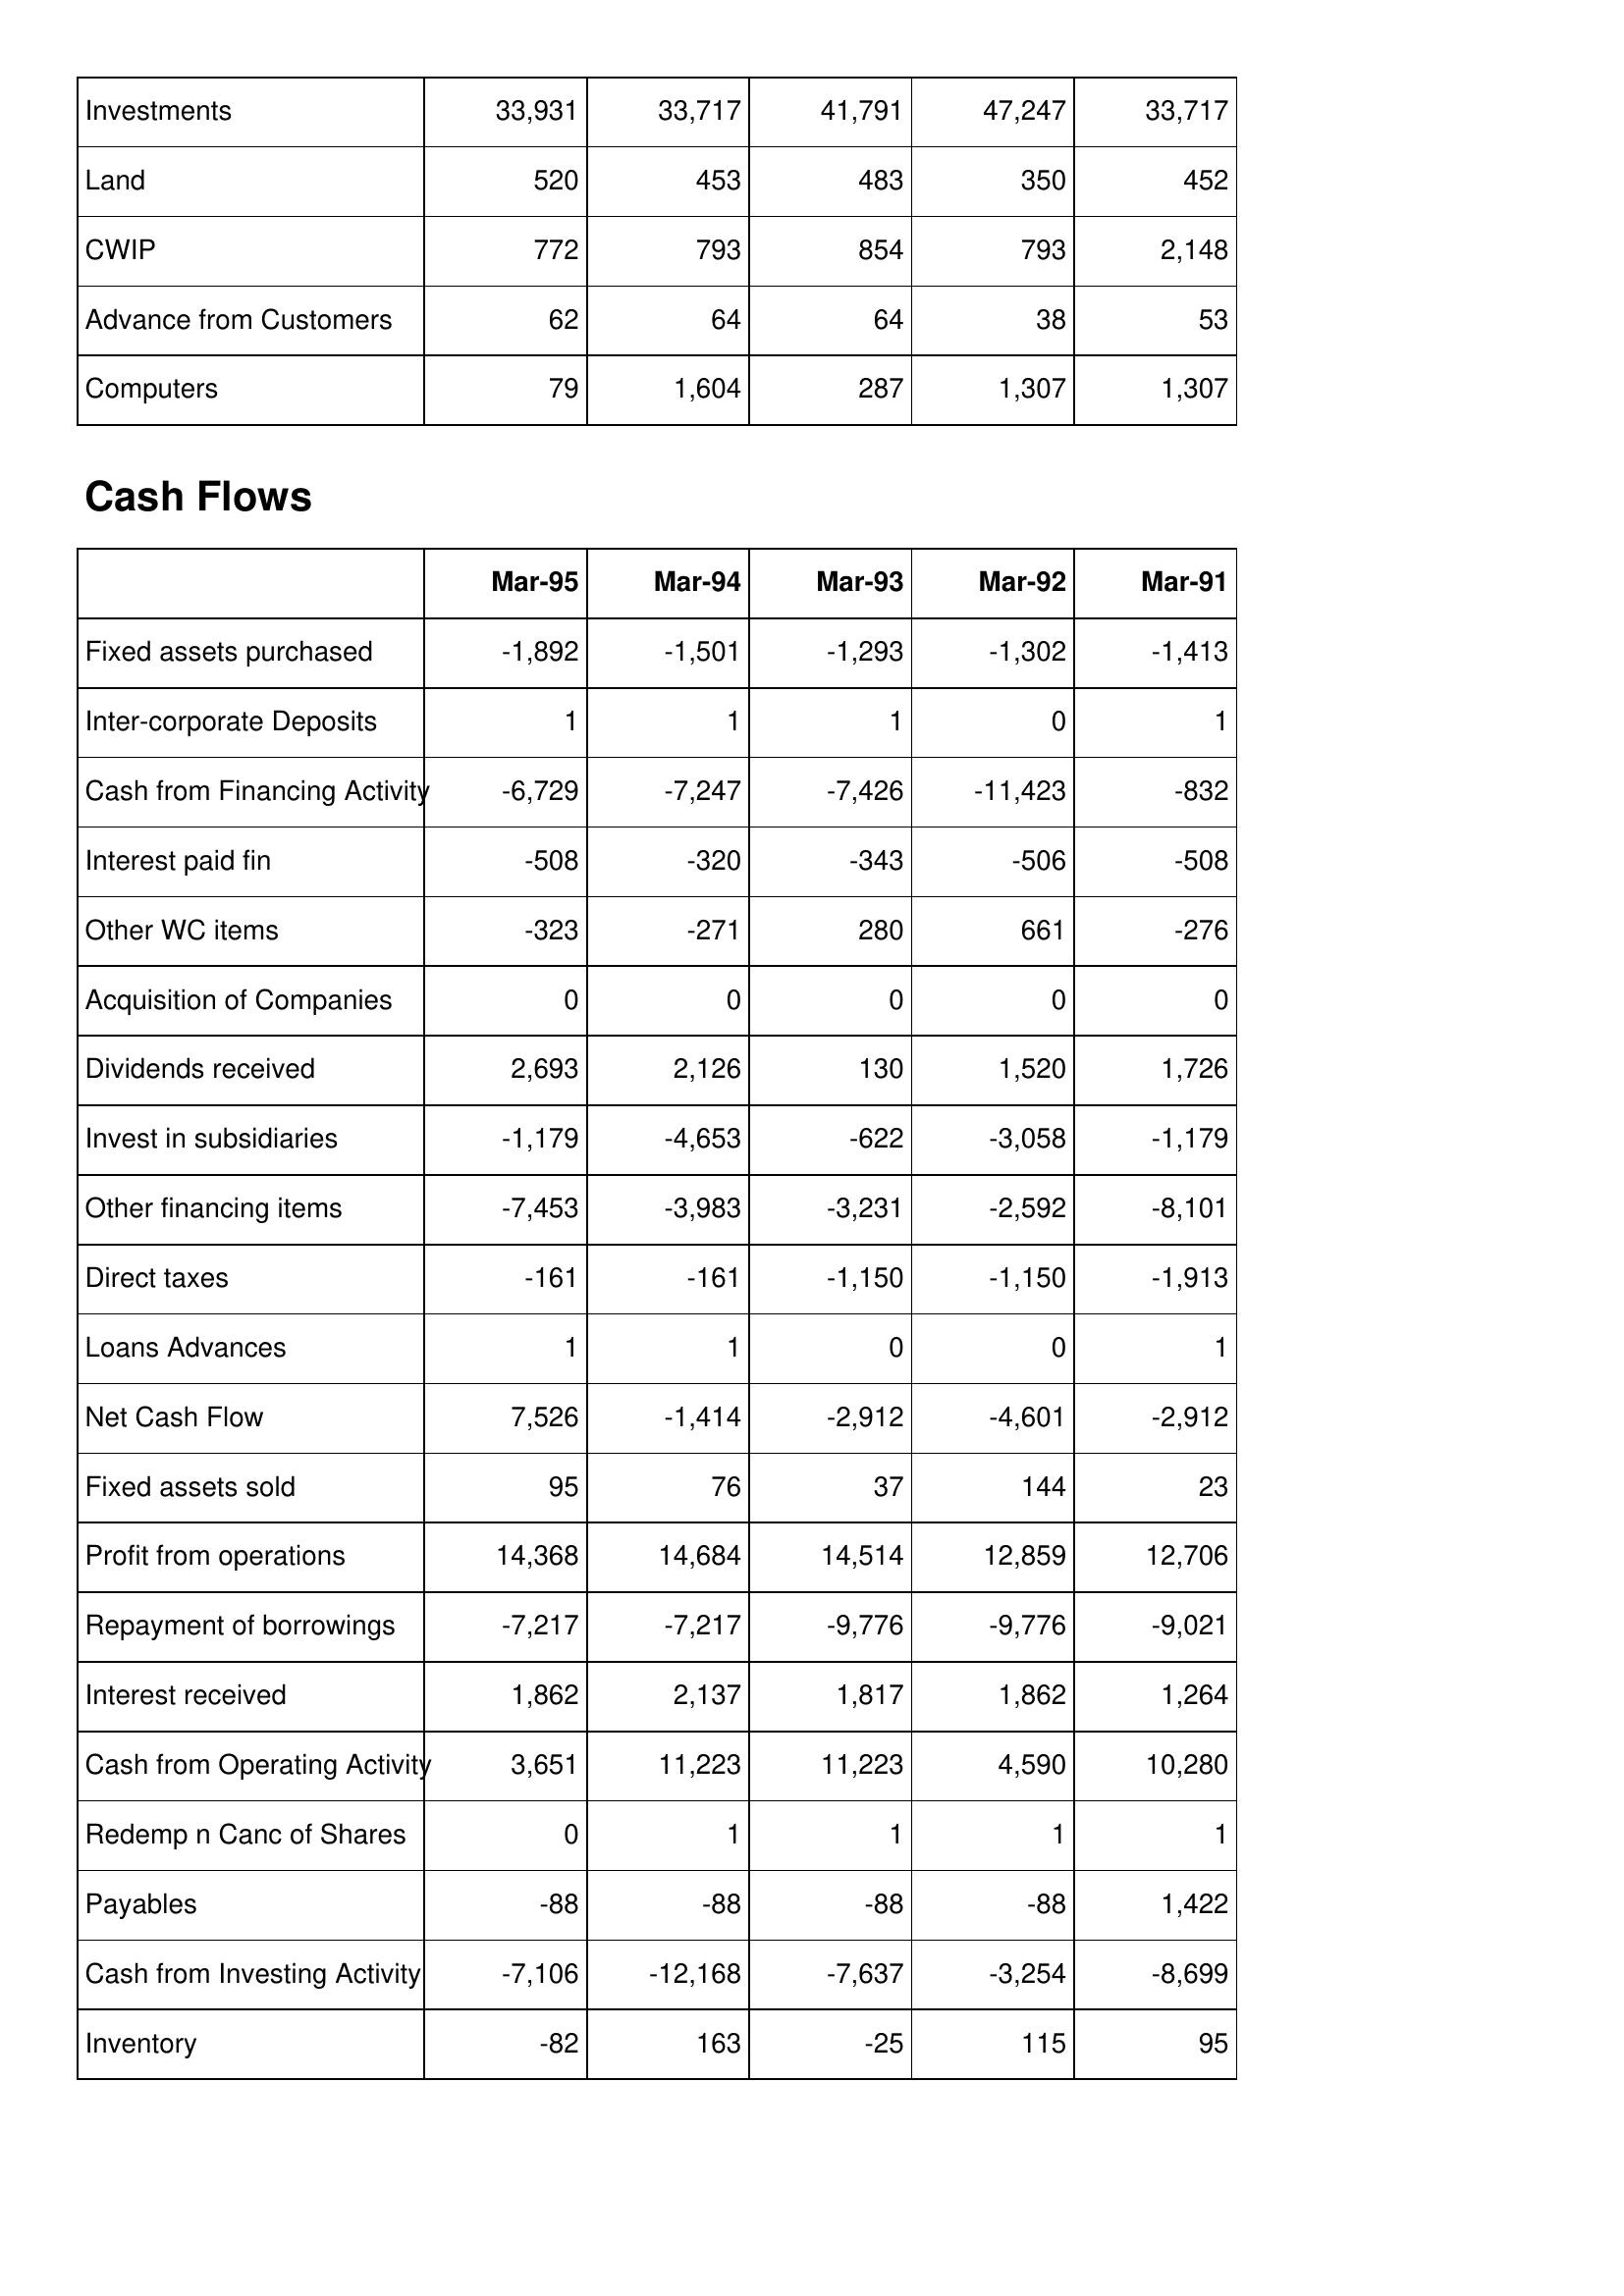
Mar-95: Balance Sheet: Investments: 33,931
Land: 520
CWIP: 772
Advance from Customers: 62
Computers: 79
Cash Flows: Fixed assets purchased: -1,892
Inter-corporate Deposits: 1
Cash from Financing Activity: -6,729
Interest paid fin: -508
Other WC items: -323
Acquisition of Companies: 0
Dividends received: 2,693
Invest in subsidiaries: -1,179
Other financing items: -7,453
Direct taxes: -161
Loans Advances: 1
Net Cash Flow: 7,526
Fixed assets sold: 95
Profit from operations: 14,368
Repayment of borrowings: -7,217
Interest received: 1,862
Cash from Operating Activity: 3,651
Redemp n Canc of Shares: 0
Payables: -88
Cash from Investing Activity: -7,106
Inventory: -82
Mar-94: Balance Sheet: Investments: 33,717
Land: 453
CWIP: 793
Advance from Customers: 64
Computers: 1,604
Cash Flows: Fixed assets purchased: -1,501
Inter-corporate Deposits: 1
Cash from Financing Activity: -7,247
Interest paid fin: -320
Other WC items: -271
Acquisition of Companies: 0
Dividends received: 2,126
Invest in subsidiaries: -4,653
Other financing items: -3,983
Direct taxes: -161
Loans Advances: 1
Net Cash Flow: -1,414
Fixed assets sold: 76
Profit from operations: 14,684
Repayment of borrowings: -7,217
Interest received: 2,137
Cash from Operating Activity: 11,223
Redemp n Canc of Shares: 1
Payables: -88
Cash from Investing Activity: -12,168
Inventory: 163
Mar-93: Balance Sheet: Investments: 41,791
Land: 483
CWIP: 854
Advance from Customers: 64
Computers: 287
Cash Flows: Fixed assets purchased: -1,293
Inter-corporate Deposits: 1
Cash from Financing Activity: -7,426
Interest paid fin: -343
Other WC items: 280
Acquisition of Companies: 0
Dividends received: 130
Invest in subsidiaries: -622
Other financing items: -3,231
Direct taxes: -1,150
Loans Advances: 0
Net Cash Flow: -2,912
Fixed assets sold: 37
Profit from operations: 14,514
Repayment of borrowings: -9,776
Interest received: 1,817
Cash from Operating Activity: 11,223
Redemp n Canc of Shares: 1
Payables: -88
Cash from Investing Activity: -7,637
Inventory: -25
Mar-92: Balance Sheet: Investments: 47,247
Land: 350
CWIP: 793
Advance from Customers: 38
Computers: 1,307
Cash Flows: Fixed assets purchased: -1,302
Inter-corporate Deposits: 0
Cash from Financing Activity: -11,423
Interest paid fin: -506
Other WC items: 661
Acquisition of Companies: 0
Dividends received: 1,520
Invest in subsidiaries: -3,058
Other financing items: -2,592
Direct taxes: -1,150
Loans Advances: 0
Net Cash Flow: -4,601
Fixed assets sold: 144
Profit from operations: 12,859
Repayment of borrowings: -9,776
Interest received: 1,862
Cash from Operating Activity: 4,590
Redemp n Canc of Shares: 1
Payables: -88
Cash from Investing Activity: -3,254
Inventory: 115
Mar-91: Balance Sheet: Investments: 33,717
Land: 452
CWIP: 2,148
Advance from Customers: 53
Computers: 1,307
Cash Flows: Fixed assets purchased: -1,413
Inter-corporate Deposits: 1
Cash from Financing Activity: -832
Interest paid fin: -508
Other WC items: -276
Acquisition of Companies: 0
Dividends received: 1,726
Invest in subsidiaries: -1,179
Other financing items: -8,101
Direct taxes: -1,913
Loans Advances: 1
Net Cash Flow: -2,912
Fixed assets sold: 23
Profit from operations: 12,706
Repayment of borrowings: -9,021
Interest received: 1,264
Cash from Operating Activity: 10,280
Redemp n Canc of Shares: 1
Payables: 1,422
Cash from Investing Activity: -8,699
Inventory: 95